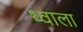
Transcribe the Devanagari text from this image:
थ्वाला